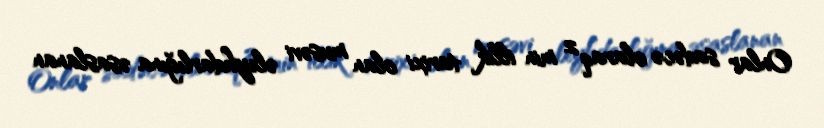
Onlar sadəcə olaraq 2 min illik tarixi olan musəvi əleyhdarlığına əsaslanan